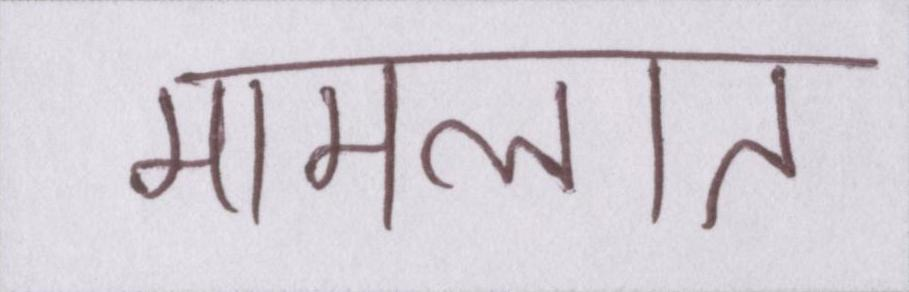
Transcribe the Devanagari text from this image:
मामलात